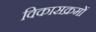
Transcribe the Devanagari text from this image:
विकासक्रमों